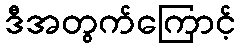
ဒီအတွက်ကြောင့်